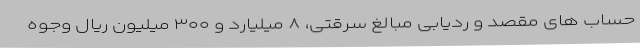
حساب های مقصد و ردیابی مبالغ سرقتی، ۸ میلیارد و ۳۰۰ میلیون ریال وجوه